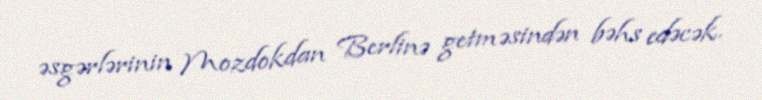
əsgərlərinin Mozdokdan Berlinə getməsindən bəhs edəcək.